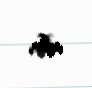
edir.